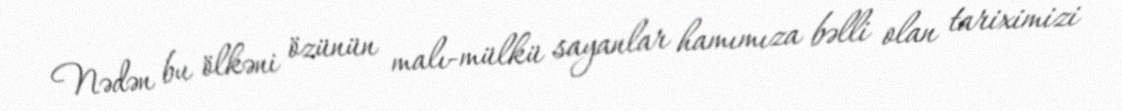
Nədən bu ölkəni özünün malı-mülkü sayanlar hamımıza bəlli olan tariximizi